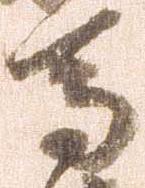
馬